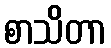
စာသိတာ